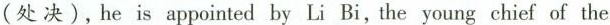
(处决),he is appointed by Li Bi, the young chief of the